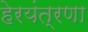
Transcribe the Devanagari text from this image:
हेरयंत्रणा